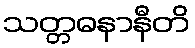
သတ္တဓနာနီတိ